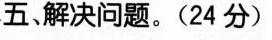
五、解决问题。(24分)